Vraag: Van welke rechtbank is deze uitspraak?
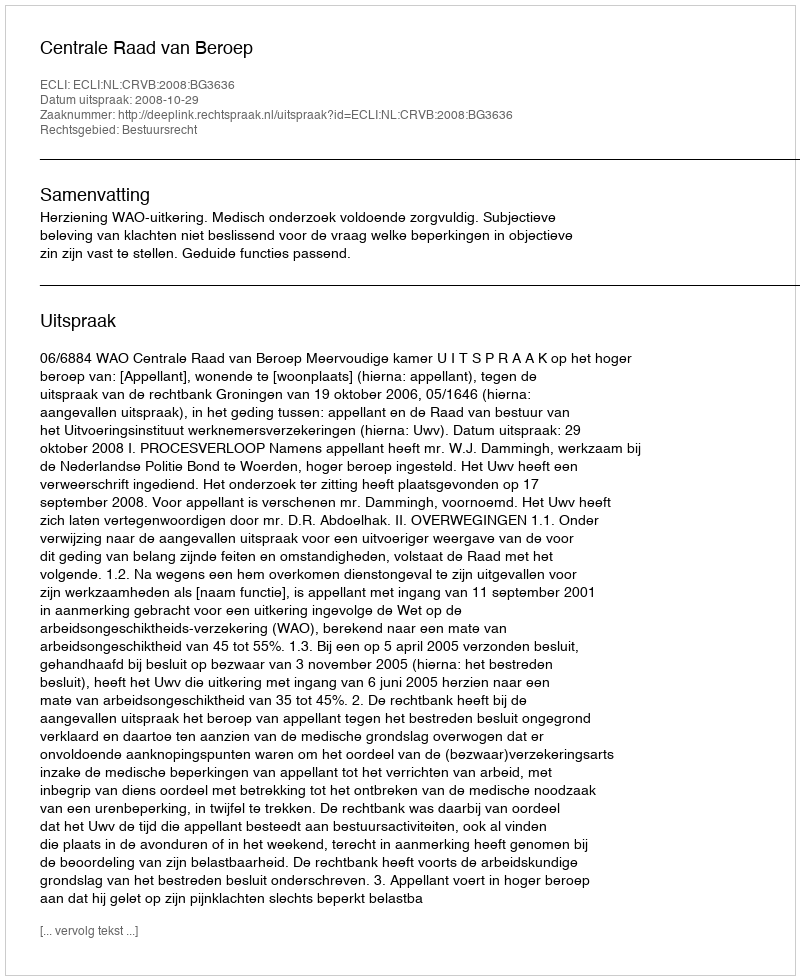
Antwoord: Centrale Raad van Beroep